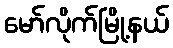
မော်လိုက်မြို့နယ်